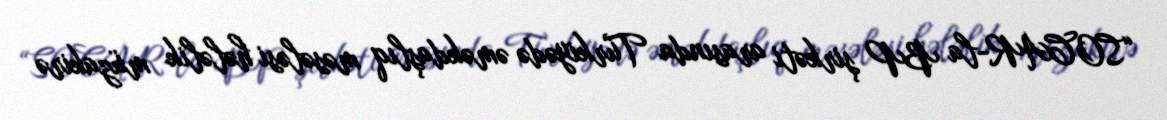
“SOCAR-la BP şirkəti arasında Türkiyədə əməkdaşlıq məsələsi hələlik müzakirə